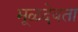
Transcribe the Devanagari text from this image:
मूळदेवता